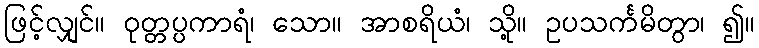
ဖြင့်လျှင်။ ဝုတ္တပ္ပကာရံ၊ သော။ အာစရိယံ၊ သို့။ ဥပသင်္ကမိတွာ၊ ၍။